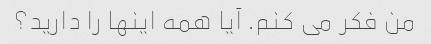
من فکر می کنم. آیا همه اینها را دارید؟